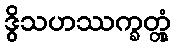
ဒွိသဟဿက္ခတ္တုံ